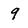
Character: 9